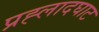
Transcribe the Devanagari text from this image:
प्रह्लादघाट